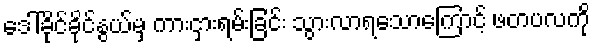
ဒေါ်ခိုင်ခိုင်နွယ်မှ ကားငှားရမ်းခြင်း သွားလာရသောကြောင့် ဖတပလကို